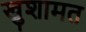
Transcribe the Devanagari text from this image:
खुशामत